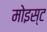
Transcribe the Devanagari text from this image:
मोइस्ट